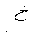
Letter: _kha